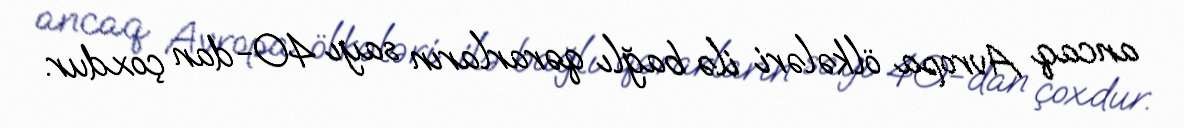
ancaq Avropa ölkələri ilə bağlı qərarların sayı 40-dan çoxdur.